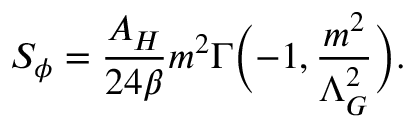
S _ { \phi } = \frac { A _ { H } } { 2 4 \beta } m ^ { 2 } \Gamma \biggl ( - 1 , \frac { m ^ { 2 } } { \Lambda _ { G } ^ { 2 } } \biggr ) .